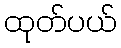
ထုတ်ပယ်